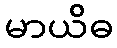
မာယိဓ